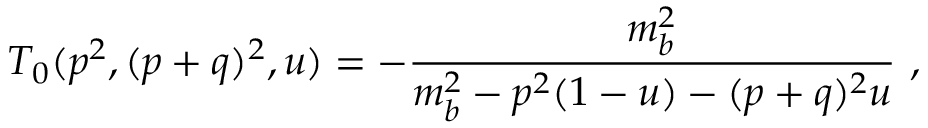
T _ { 0 } ( p ^ { 2 } , ( p + q ) ^ { 2 } , u ) = - \frac { m _ { b } ^ { 2 } } { m _ { b } ^ { 2 } - p ^ { 2 } ( 1 - u ) - ( p + q ) ^ { 2 } u } ~ ,